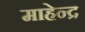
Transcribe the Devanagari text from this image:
माहेन्द्र